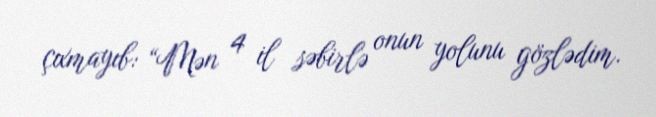
çıxmayıb: “Mən 4 il səbirlə onun yolunu gözlədim.